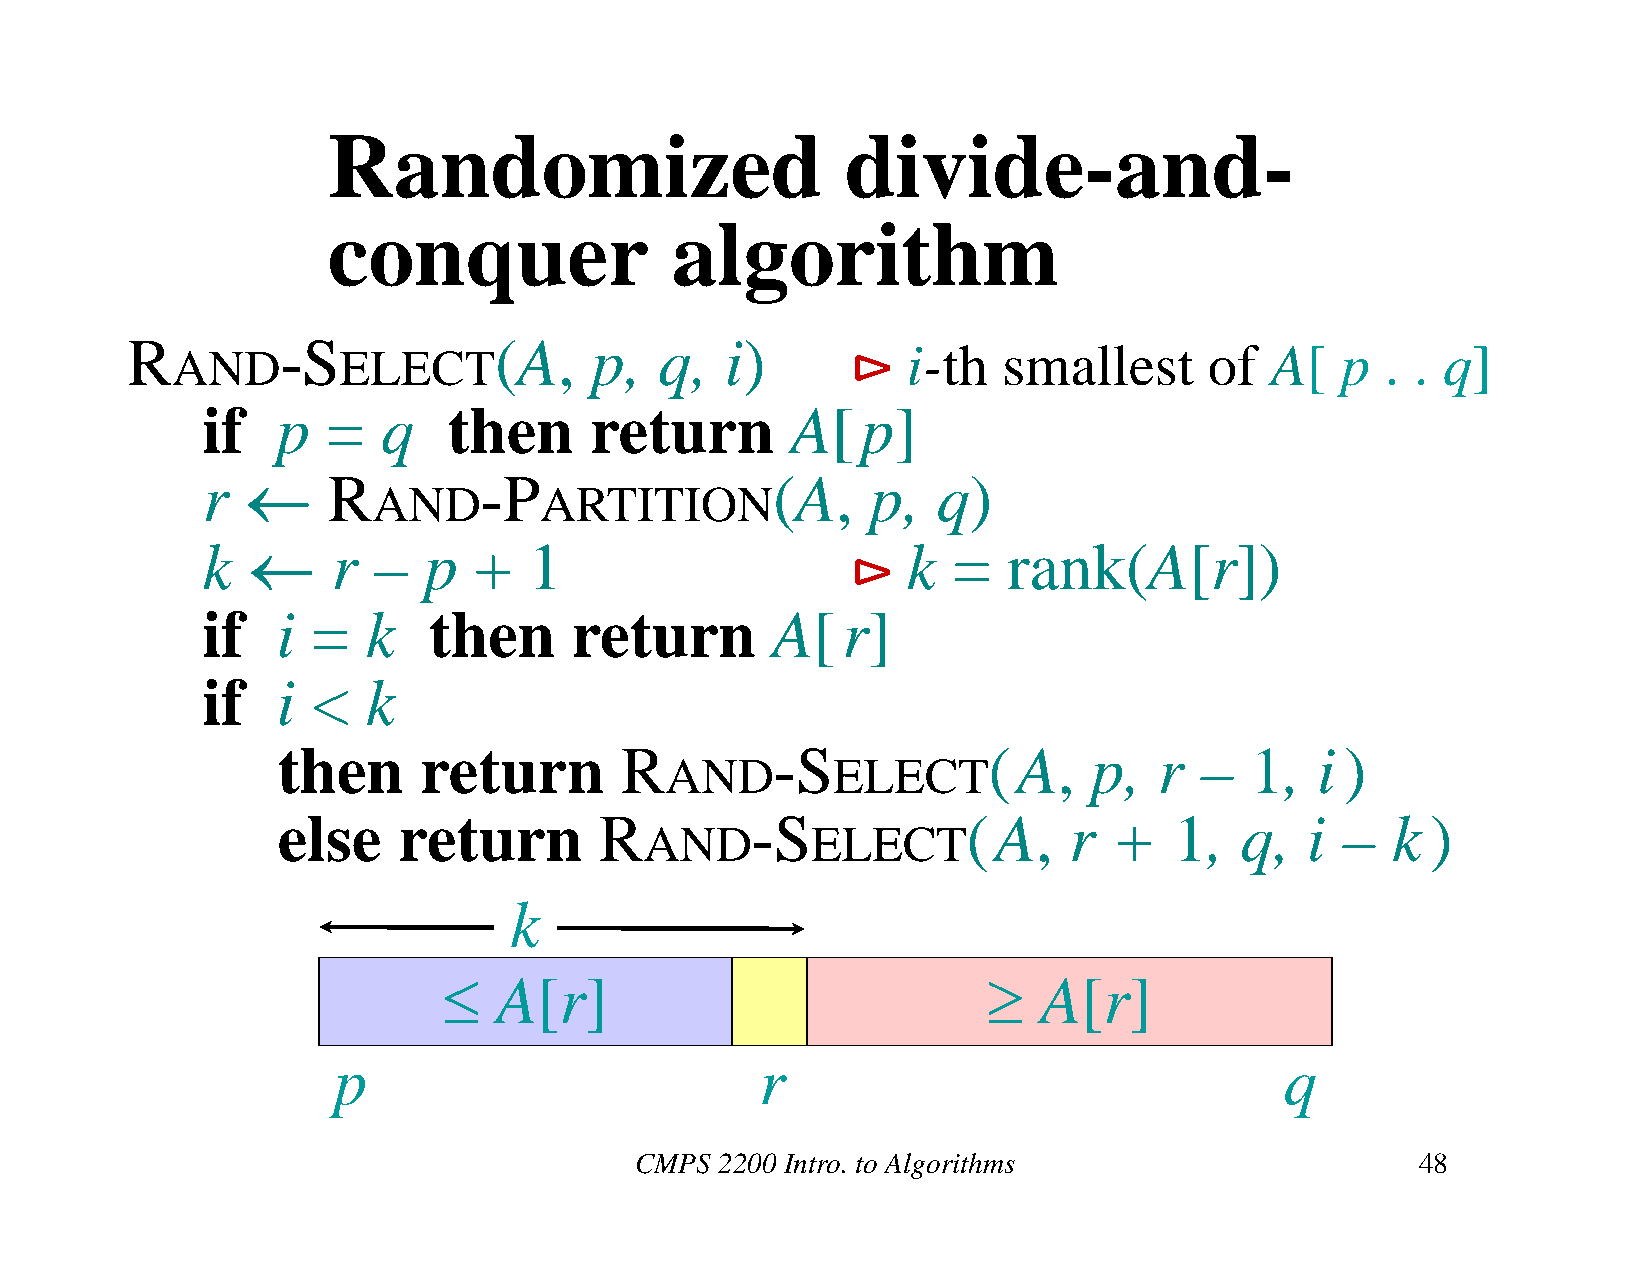
Randomized                        divide-and-
 conquer               algorithm
 R          -S            (A,   p,   q,  i)
 i-th  smallest      of  A[   p  . . q]
 AND        ELECT
 if   p   =  q    then     return       A[   p]
 r       R         -P                 (A,    p,  q)
 AND        ARTITION
 k       r  –  p  +   1                        k  =   rank(A[r])
 if   i  =  k   then      return       A[   r]
 if   i  <  k
 then      return       R         -S            (A,    p,   r –   1,  i )
 AND        ELECT
 else    return        R         -S            (A,    r  +   1,  q,  i  –  k  )
 AND        ELECT
 k
    A[r]                               A[r]
 p                           r                                  q
 CMPS  2200 Intro. to Algorithms                     48